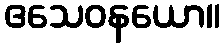
ဧသေဝနယော။